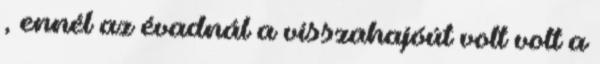
, ennél az évadnál a visszahajóút volt volt a